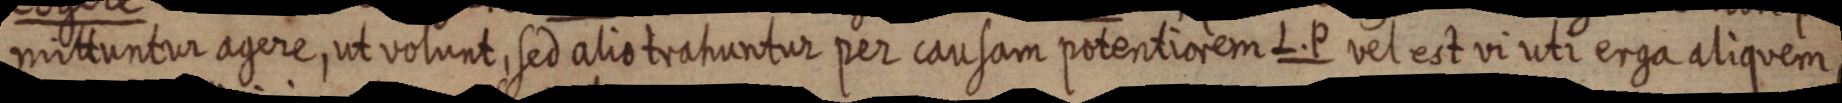
mittuntur agere, ut volunt, sed alio trahuntur per causam potentiorem L. P vel est vi uti erga aliquem,